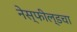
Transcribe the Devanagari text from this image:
नेस्फील्डचा